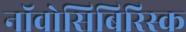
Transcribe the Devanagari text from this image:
नॉवोसिबिरिस्क